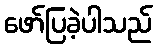
ဖော်ပြခဲ့ပါသည်